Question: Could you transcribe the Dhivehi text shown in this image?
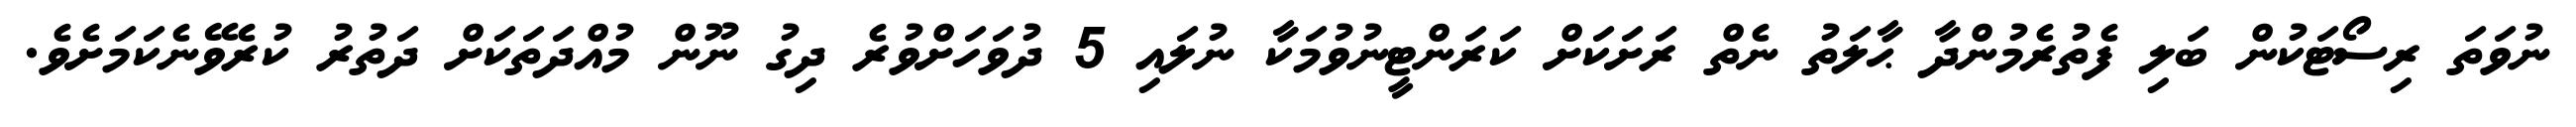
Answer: ނުވަތަ ރިސޯޓަކުން ބަލި ފެތުރެމުންދާ ޙާލަތު ނެތް ރަށަކަށް ކަރަންޓީނުވުމަކާ ނުލައި 5 ދުވަހަށްވުރެ ދިގު ނޫން މުއްދަތަކަށް ދަތުރު ކުރެވޭނެކަމަށެވެ.